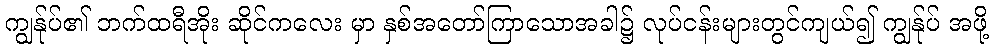
ကျွန်ုပ်၏ ဘက်ထရီအိုး ဆိုင်ကလေး မှာ နှစ်အတော်ကြာသောအခါ၌ လုပ်ငန်းများတွင်ကျယ်၍ ကျွန်ုပ် အဖို့